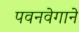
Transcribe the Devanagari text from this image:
पवनवेगाने